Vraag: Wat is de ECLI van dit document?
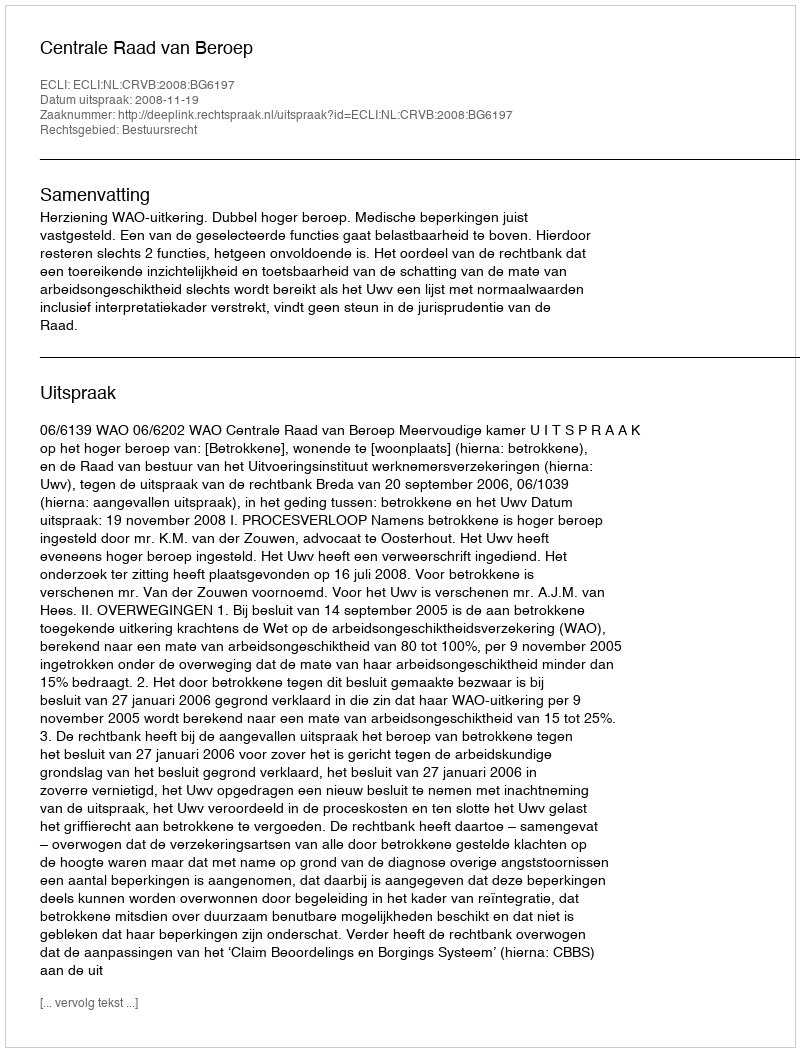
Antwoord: ECLI:NL:CRVB:2008:BG6197